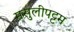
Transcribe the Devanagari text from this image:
मसुलीपट्टम